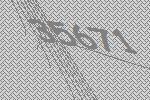
35671